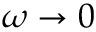
\omega \rightarrow 0